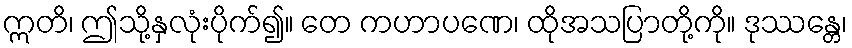
ဣတိ၊ ဤသို့နှလုံးပိုက်၍။ တေ ကဟာပဏေ၊ ထိုအသပြာတို့ကို။ ဒုဿန္တေ၊